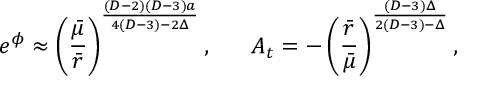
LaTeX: e ^ { \phi } \approx \left( { \frac { \bar { \mu } } { \bar { r } } } \right) ^ { \frac { ( D - 2 ) ( D - 3 ) a } { 4 ( D - 3 ) - 2 \Delta } } , \ \ \ \ \ A _ { t } = - \left( { \frac { \bar { r } } { \bar { \mu } } } \right) ^ { \frac { ( D - 3 ) \Delta } { 2 ( D - 3 ) - \Delta } } ,